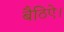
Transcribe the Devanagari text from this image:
बैठिऐ।